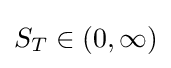
S_{T}\in (0,\infty )